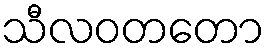
သီလဝတတော